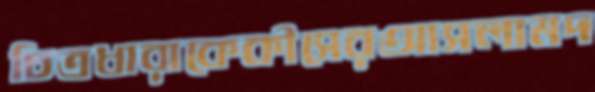
চিত্রধারাকেকীসেরআসলামদ